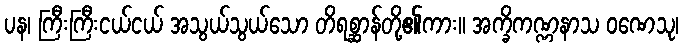
ပန၊ ကြီးကြီးငယ်ငယ် အသွယ်သွယ်သော တိရစ္ဆာန်တို့၏ကား။ အက္ခိကဏ္ဏနာသ ဝဏေသု၊